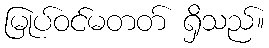
မြုပ်ဝင်မတတ် ရှိသည်။